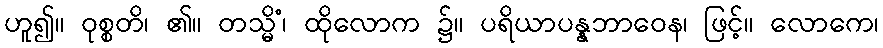
ဟူ၍။ ဝုစ္စတိ၊ ၏။ တသ္မိံ၊ ထိုလောက ၌။ ပရိယာပန္နဘာဝေန၊ ဖြင့်။ လောကေ၊